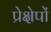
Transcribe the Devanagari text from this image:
प्रेक्षेपों